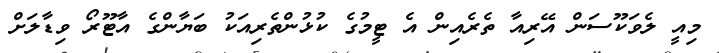
މިއީ ލެވަކޫސަން އޭރިއާ ތެރެއިން އެ ޓީމުގެ ކުޅުންތެރިއަކު ބަޔާންގެ އާޓޫރޯ ވިޑާލަށް